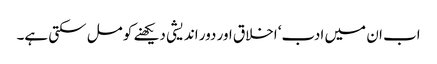
اب ان میں ادب‘ اخلاق اور دور اندیشی دیکھنے کو مل سکتی ہے۔